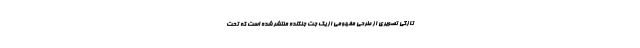
تازگی تصویری از طرحی مفهومی از یک جت جنگنده منتشر شده است که تحت